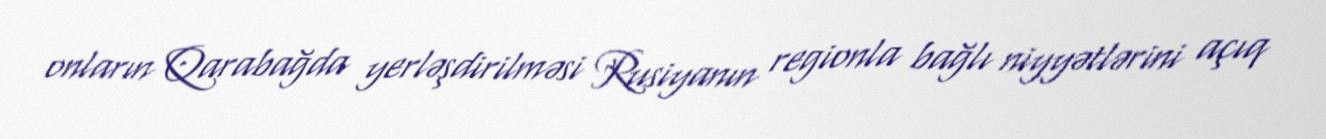
onların Qarabağda yerləşdirilməsi Rusiyanın regionla bağlı niyyətlərini açıq